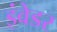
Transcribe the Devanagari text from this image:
इंवेडर